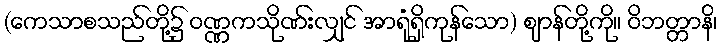
(ကေသာစသည်တို့၌ ဝဏ္ဏကသိုဏ်းလျှင် အာရုံရှိကုန်သော) ဈာန်တို့ကို။ ဝိဘတ္တာနိ၊